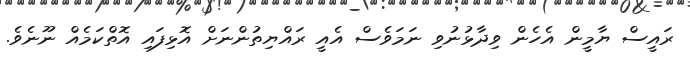
ރައީސް ޔާމީން އެހެން ވިދާޅުނުވި ނަމަވެސް އެއީ ރައްޔިތުންނަށް އޮޅިފައި އޮތްކަމެއް ނޫނެވެ.